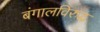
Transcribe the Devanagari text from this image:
बंगालविरुद्ध